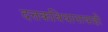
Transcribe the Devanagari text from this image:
दत्तकविधानाचाही